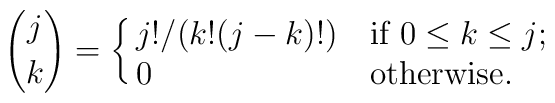
{j \choose k}= \cases {j!/(k!(j-k)!) & if  $ 0\le k \le j$; \cr0  & otherwise. \cr }